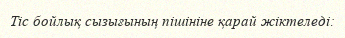
Тіс бойлық сызығының пішініне қарай жіктеледі: